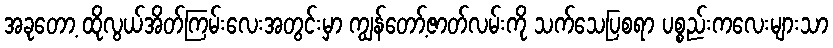
အခုတော့ ထိုလွယ်အိတ်ကြမ်းလေးအတွင်းမှာ ကျွန်တော့်ဇာတ်လမ်းကို သက်သေပြစရာ ပစ္စည်းကလေးများသာ